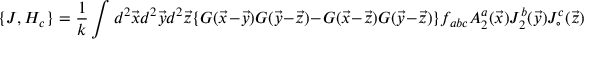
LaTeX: \{ J , H _ { c } \} = \frac { 1 } { k } \int d ^ { 2 } \vec { x } d ^ { 2 } \vec { y } d ^ { 2 } \vec { z } \{ G ( \vec { x } - \vec { y } ) G ( \vec { y } - \vec { z } ) - G ( \vec { x } - \vec { z } ) G ( \vec { y } - \vec { z } ) \} f _ { a b c } A _ { 2 } ^ { a } ( \vec { x } ) J _ { 2 } ^ { b } ( \vec { y } ) J _ { \circ } ^ { c } ( \vec { z } )